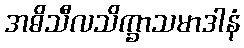
အဓိသီလသိက္ခာသမာဒါနံ